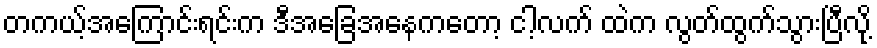
တကယ့်အကြောင်းရင်းက ဒီအခြေအနေကတော့ ငါ့လက် ထဲက လွတ်ထွက်သွားပြီလို့